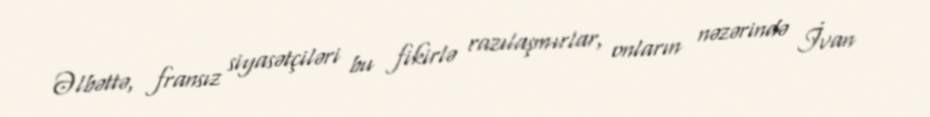
Əlbəttə, fransız siyasətçiləri bu fikirlə razılaşmırlar, onların nəzərində İvan